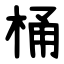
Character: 桶